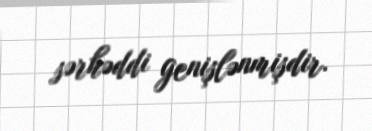
sərhəddi genişlənmişdir.